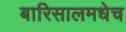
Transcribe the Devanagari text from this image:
बारिसालमधेच